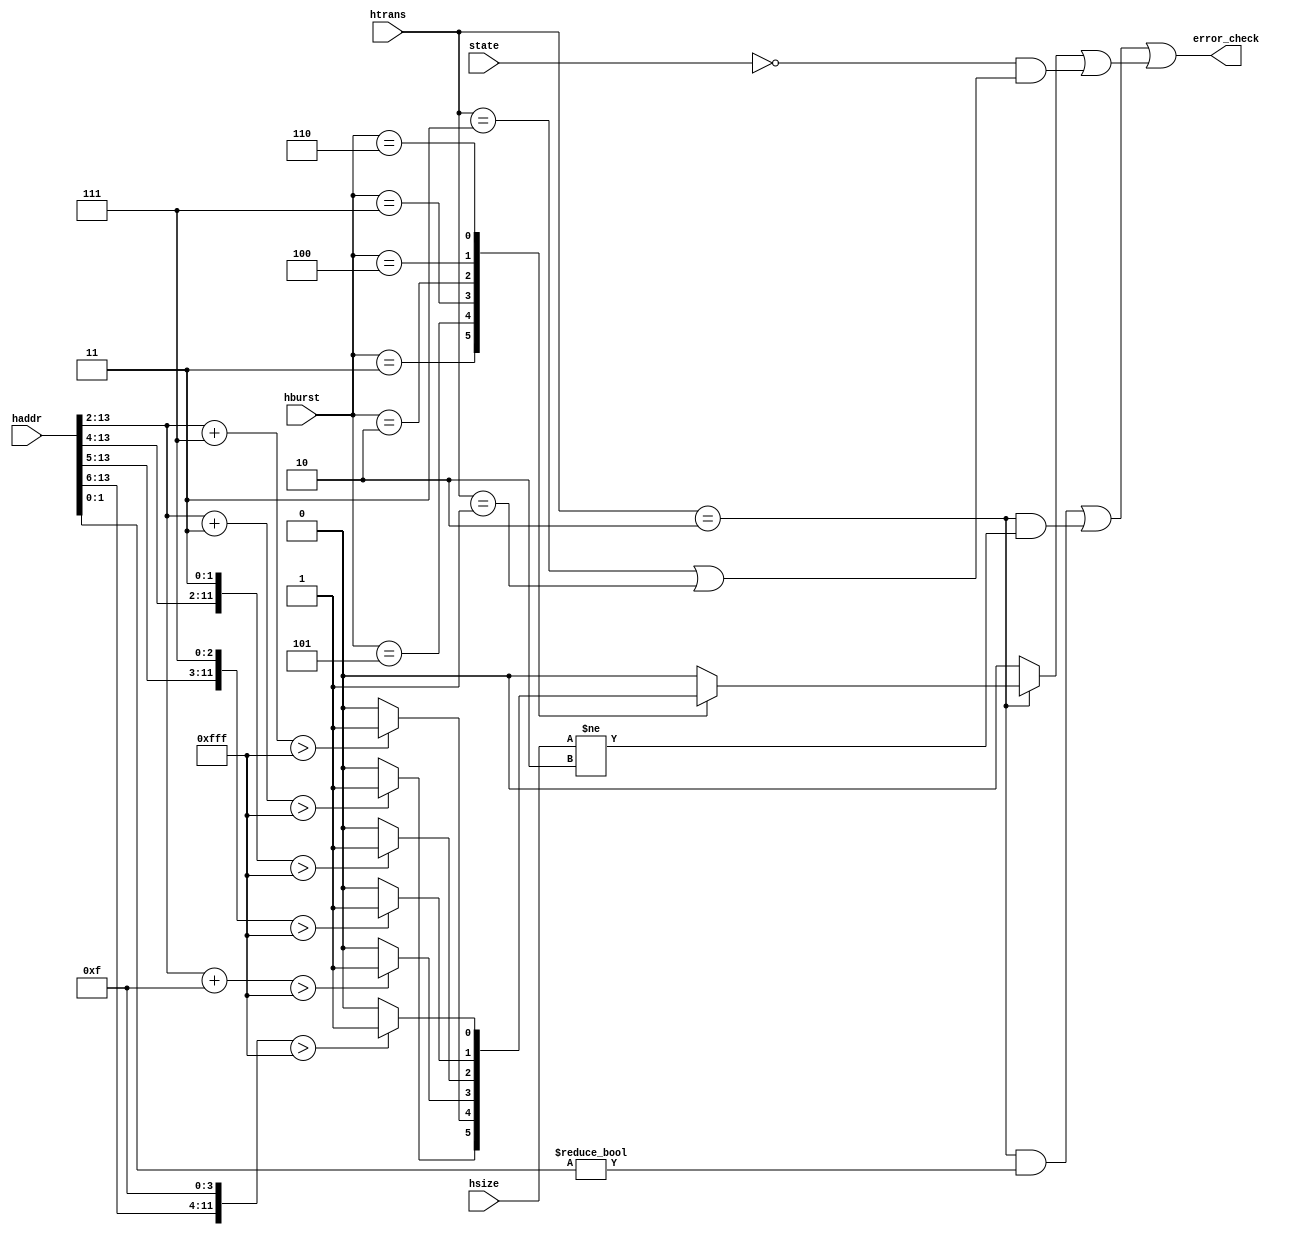
module sram_ctr_ahb_error_check(
        hsize,
        htrans,
        haddr,
        hburst,
        state,
        error_check
	);

    //htrans types
    localparam  IDLE=2'b00;
    localparam  BUSY=2'b01;
    localparam  NONSEQ=2'b10;
    localparam  SEQ=2'b11;
    //hburst types
    localparam  SINGLE=3'b000;
    localparam  INCR=3'b001;
    localparam  WRAP4=3'b010;
    localparam  INCR4=3'b011;
    localparam  WRAP8=3'b100;
    localparam  INCR8=3'b101;
    localparam  WRAP16=3'b110;
    localparam  INCR16=3'b111;
    //hsize types
    localparam  SIZE_BYTE=3'b000;
    localparam  SIZE_HW=3'b001;
    localparam  SIZE_W=3'b010;
    localparam  SIZE_W_2=3'b011;
    localparam  SIZE_W_4=3'b100;
    localparam  SIZE_W_8=3'b101;
    localparam  SIZE_W_16=3'b110;
    localparam  SIZE_W_32=3'b111; 
    //FSM reg
    localparam  [1:0]   STATE_IDLE=2'b00;
    localparam  [1:0]   STATE_WRITE=2'b01;
    localparam  [1:0]   STATE_WR2RD=2'b11;
    localparam  [1:0]   STATE_READ=2'b10;

    input   wire    [2:0]   hsize;
    input   wire    [1:0]   htrans;
    input   wire    [31:0]  haddr;
    input   wire    [2:0]   hburst;
    input   wire    [1:0]   state;
    output  wire            error_check;

    wire    aligned_check;
    wire    size_check;
    reg     addr_boundary_check;
    wire    state_related_check;

    assign error_check = (aligned_check | size_check) | (addr_boundary_check | state_related_check);

    assign aligned_check = (htrans == NONSEQ) & (haddr[1:0] != 2'b00);
    
    assign size_check = (htrans == NONSEQ) & (hsize != SIZE_W);

    always @(*) begin
        addr_boundary_check = 0;

        if (htrans==NONSEQ) begin
            case(hburst)
                INCR4:begin
                    if ((haddr[13:2]+3) > 12'd4095) begin
                        addr_boundary_check = 1;
                    end
                end
                INCR8:begin
                    if ((haddr[13:2]+7) > 12'd4095) begin
                        addr_boundary_check = 1;
                    end
                end
                INCR16:begin
                    if ((haddr[13:2]+15) > 12'd4095) begin
                        addr_boundary_check = 1;
                    end
                end
                WRAP4:begin
                    if ({haddr[13:4], 2'b11} > 12'd4095) begin
                        addr_boundary_check = 1;
                    end
                end
                WRAP8:begin
                    if ({haddr[13:5], 3'b111} > 12'd4095) begin
                        addr_boundary_check = 1;
                    end
                end
                WRAP16:begin
                    if ({haddr[13:6], 4'b1111} > 12'd4095) begin
                        addr_boundary_check = 1;
                    end
                end
            endcase
        end
    end

    assign state_related_check = (state==STATE_IDLE) & ((htrans==SEQ)|(htrans==BUSY));

endmodule